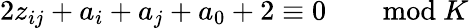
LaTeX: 2z_{ij}+a_{i}+a_{j}+a_{0}+2\equiv 0\qquad\mathrm{mod}\ K